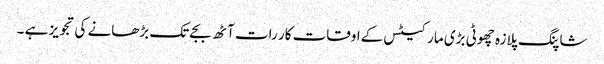
شاپنگ پلازہ چھوٹی بڑی مارکیٹس کےاوقات کار رات آٹھ بجےتک بڑھانے کی تجویز ہے ۔